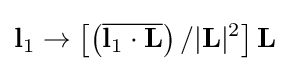
\mathbf {l} _{1}\rightarrow \left[\left({\overline {\mathbf {l} _{1}\cdot \mathbf {L} }}\right)/|\mathbf {L} |^{2}\right]\mathbf {L}